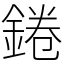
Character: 錈